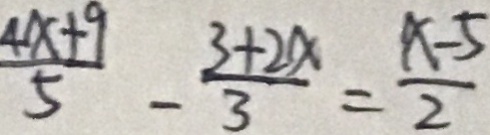
\frac { 4 x + 9 } { 5 } - \frac { 3 + 2 x } { 3 } = \frac { x - 5 } { 2 }